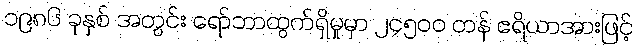
၁၉၈၆ ခုနှစ် အတွင်း ရော်ဘာထွက်ရှိမှုမှာ ၂၄၅၀၀ တန် ဧရိယာအားဖြင့်